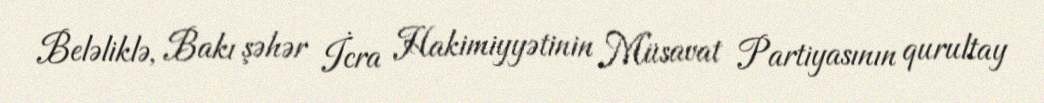
Beləliklə, Bakı şəhər İcra Hakimiyyətinin Müsavat Partiyasının qurultay